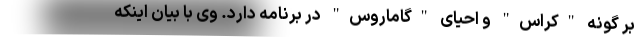
بر گونه "کراس" و احیای "گاماروس" در برنامه دارد. وی با بیان اینکه